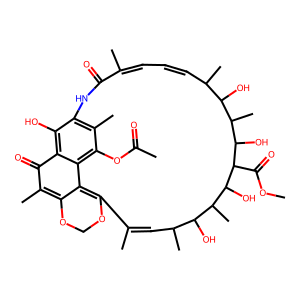
SMILES: COC(=O)C1C(O)C(C)C(O)C(C)C=CC=C(C)C(=O)Nc2c(C)c(OC(C)=O)c3c(c2O)C(=O)C(C)=C2OCOC(=C23)C(C)=CC(C)C(O)C(C)C1O
Inhibits HIV replication: No